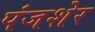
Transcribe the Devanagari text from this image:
पंजशेर